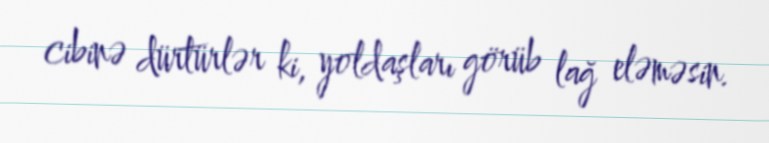
cibinə dürtürlər ki, yoldaşları görüb lağ eləməsin.